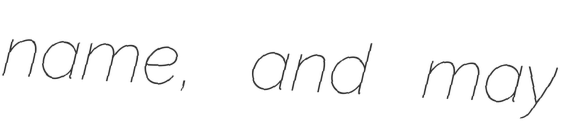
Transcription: name, and may